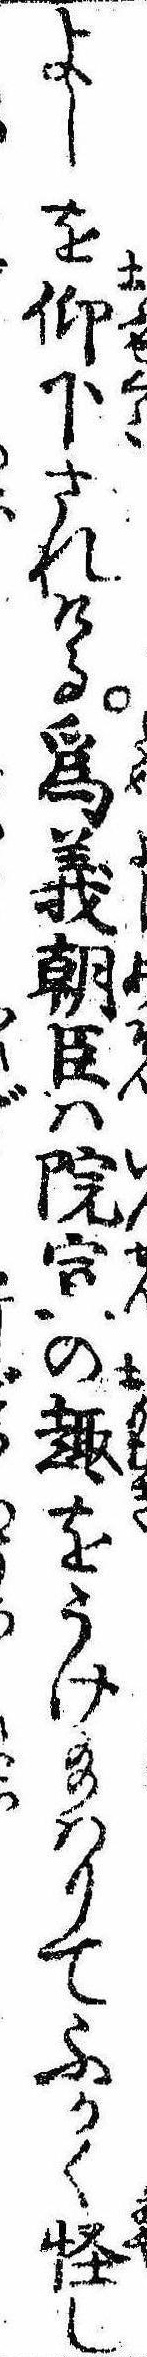
よしを仰下されける為義朝臣は院宣の趣をうけ給はりてふかく怪し